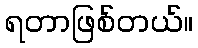
ရတာဖြစ်တယ်။